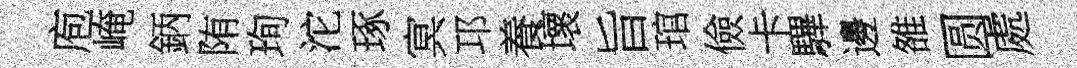
庖崦鈵陏珣沱琢㝠邛養壞旨琯儉卡驆邊雒圆處